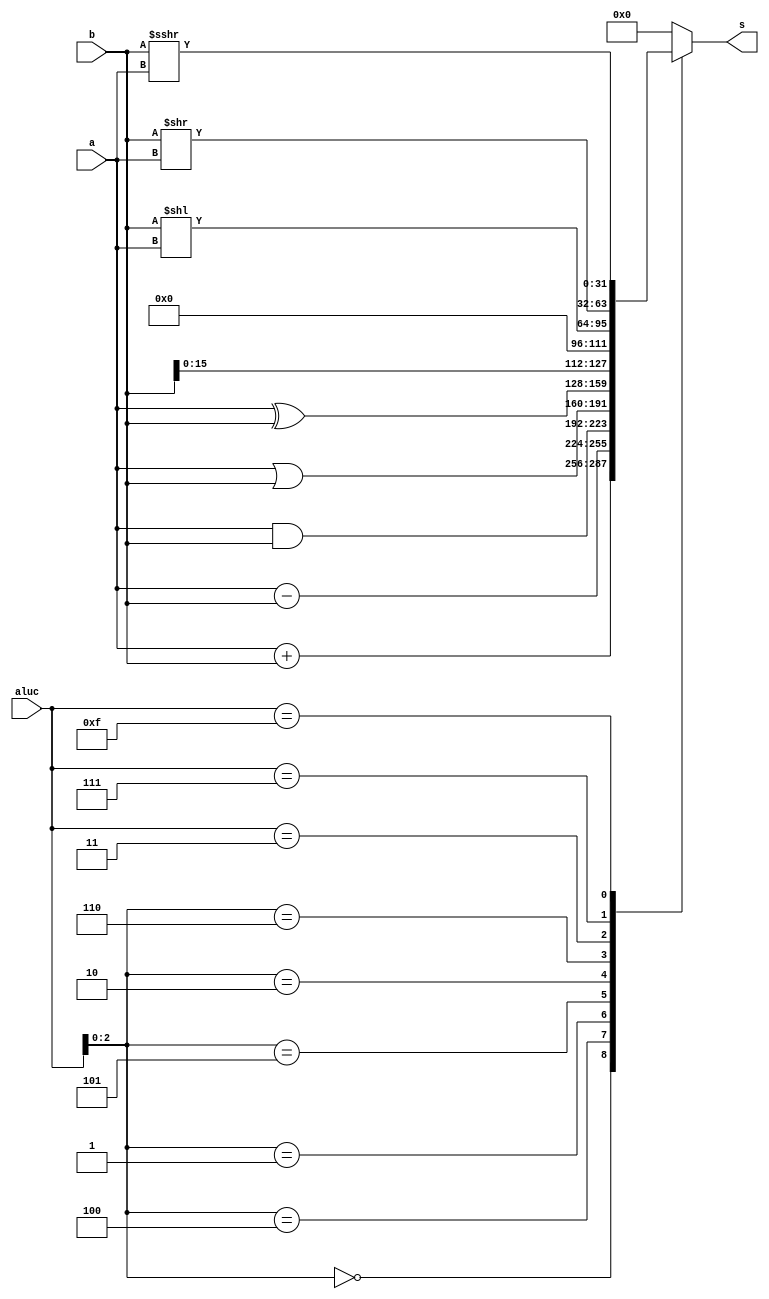
module alu (a, b, aluc, s);
	input [31:0] a, b;
	input [3:0] aluc;
	output [31:0] s;
	
	reg [31:0] s;
	always @ * begin
		casex (aluc)
			4'bx000: s = a + b;
			4'bx100: s = a - b;
			4'bx001: s = a & b;
			4'bx101: s = a | b;
			4'bx010: s = a ^ b;
			4'bx110: s = b << 16;
			4'b0011: s = b << a;
			4'b0111: s = b >> a;
			4'b1111: s = $signed(b) >>> a;
			default: s = 0;
		endcase
	end
endmodule